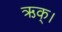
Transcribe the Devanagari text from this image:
ऋक्।